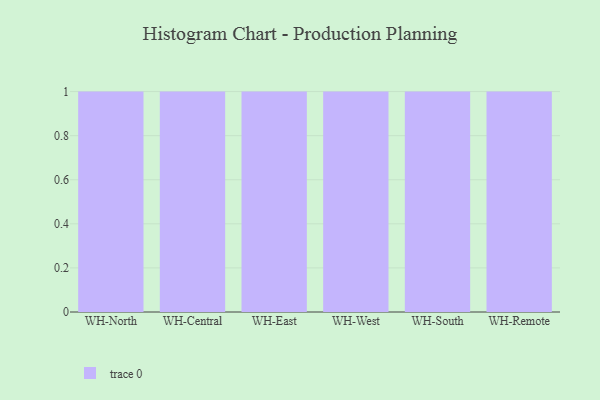
{"axis": {"x": "Warehouse", "y": "Website Visitors"}, "legend": [""], "data": [{"x": "WH-North", "y": 95, "type": ""}, {"x": "WH-Central", "y": 59, "type": ""}, {"x": "WH-East", "y": 31, "type": ""}, {"x": "WH-West", "y": 56, "type": ""}, {"x": "WH-South", "y": 93, "type": ""}, {"x": "WH-Remote", "y": 57, "type": ""}]}